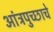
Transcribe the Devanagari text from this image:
आंत्रपुच्छाचे